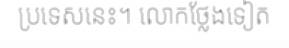
ប្រទេសនេះ។ លោកថ្លែងទៀត